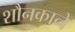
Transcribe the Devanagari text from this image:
शौनकाने